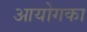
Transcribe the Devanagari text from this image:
आयोगका